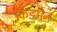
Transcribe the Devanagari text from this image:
किडमेन